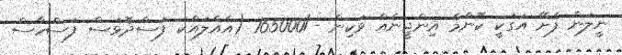
ނީލަން ފެށޭ އަގަކީ ކޮންމެ އިންޖީނެއް ވަކިން -/165000 (އެއްލައްކަ ފަސްދޮޅަސް ފަސްހާސް